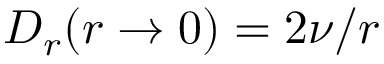
D _ { r } ( r \to 0 ) = 2 \nu / r